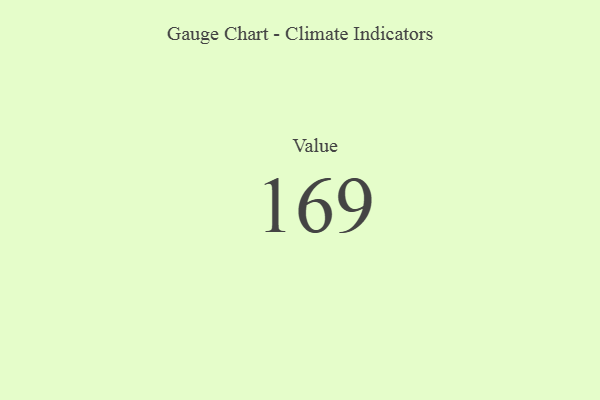
{"axis": {"x": "Metric", "y": "Value"}, "legend": [""], "data": [{"x": "Value", "y": 169, "type": ""}]}